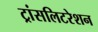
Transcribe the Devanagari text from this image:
ट्रांसलिटरेशन